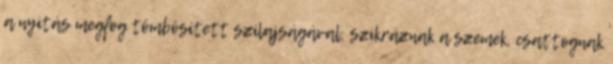
a nyitás megfog tömbösített szilajságával, szikráznak a szemek, csattognak